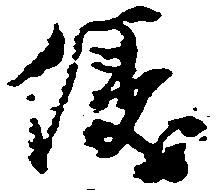
儀